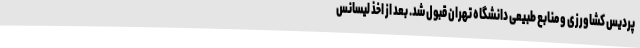
پردیس کشاورزی و منابع طبیعی دانشگاه تهران قبول شد. بعد از اخذ لیسانس